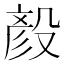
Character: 𪵏